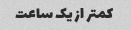
کمتر از یک ساعت